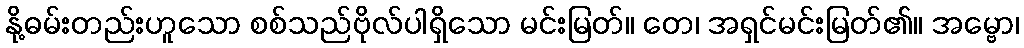
နို့ဓမ်းတည်းဟူသော စစ်သည်ဗိုလ်ပါရှိသော မင်းမြတ်။ တေ၊ အရှင်မင်းမြတ်၏။ အမ္ဗော၊